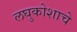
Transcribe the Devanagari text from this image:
लघुकोशाचे